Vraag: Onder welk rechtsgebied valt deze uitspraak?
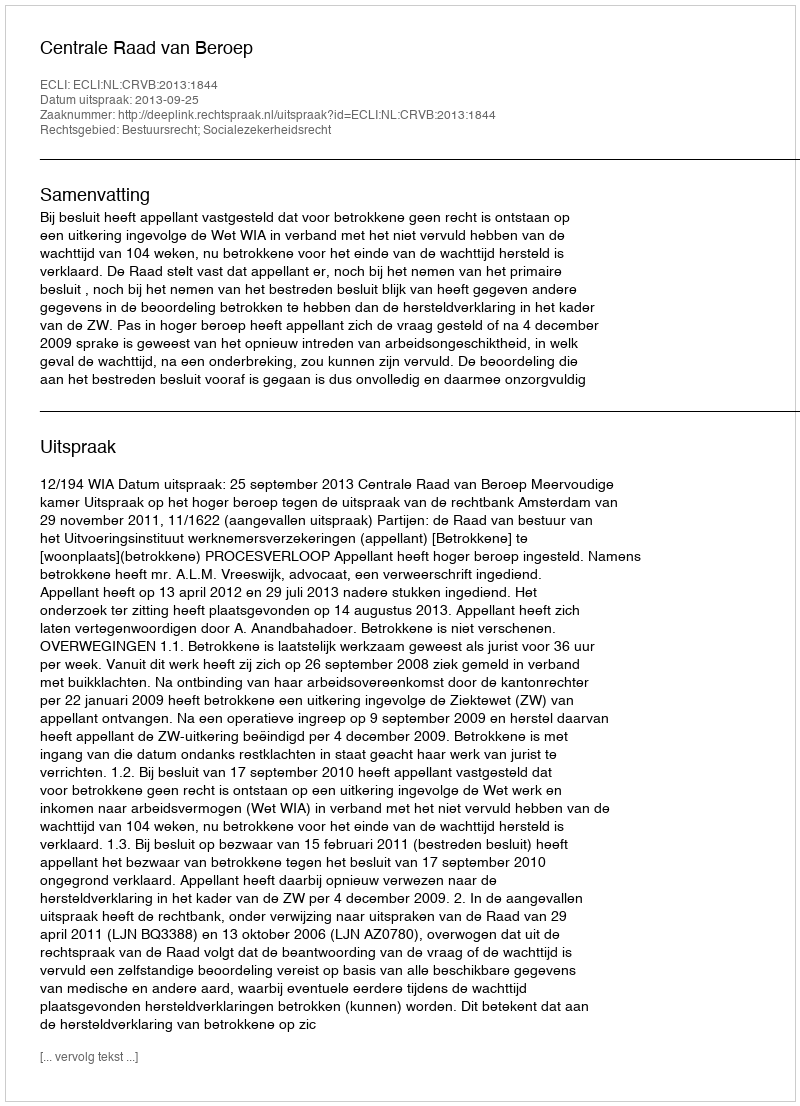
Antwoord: Bestuursrecht; Socialezekerheidsrecht